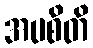
အပစိတိ